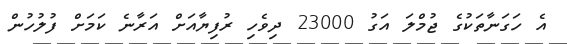
އެ ހަގަނާތަކުގެ ޖުމްލަ އަގު 23000 ދިވެހި ރުފިޔާއަށް އަރާނެ ކަމަށް ފުލުހުން